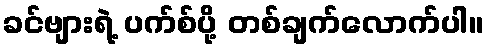
ခင်ဗျားရဲ့ ပက်စ်ပို့ တစ်ချက်လောက်ပါ။